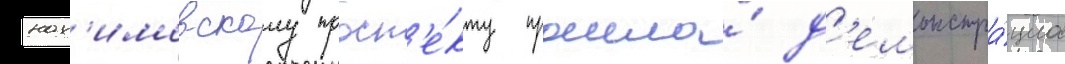
нах'имовскому просп'е́кту прошла́ д'емонстра́циа